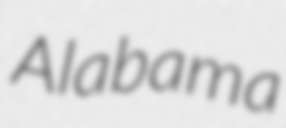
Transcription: Alabama